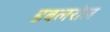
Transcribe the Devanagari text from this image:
डबलरोल